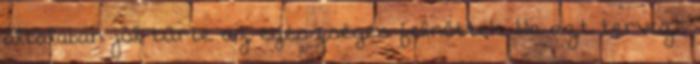
általában jól tűrte az egészséges felnőttek. Ha azt tervezi,